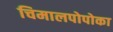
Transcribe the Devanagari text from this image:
चिमालपोपोका